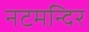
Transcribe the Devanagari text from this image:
नटमन्दिर